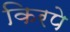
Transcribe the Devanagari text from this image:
किरपे